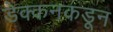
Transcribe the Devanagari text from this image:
डेक्कनकडून